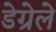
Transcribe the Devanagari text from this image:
डेग्रेले